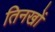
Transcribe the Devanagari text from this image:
तिनखों